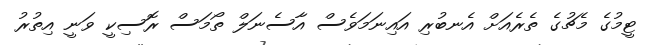
ޓީމުގެ މެޗުގެ ތެރެއަށް އެނބުރި އައިނަމަވެސް އާސެނަލް ތޯމަސް ރޮސިކީ ވަނީ އިތުރު